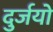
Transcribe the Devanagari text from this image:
दुर्जयो